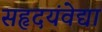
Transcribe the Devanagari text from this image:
सहृदयंवेद्या